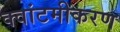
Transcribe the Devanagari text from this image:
क्वांटमीकरण